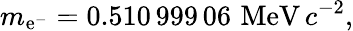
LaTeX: m_{\mathrm{e}^{-}}=0.510\, 999\, 06\, \, \mathrm{MeV}\, c^{-2},